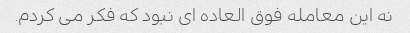
نه این معامله فوق العاده ای نبود که فکر می کردم.